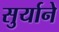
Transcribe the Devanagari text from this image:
सुर्याने